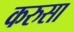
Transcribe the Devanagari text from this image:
करुसा